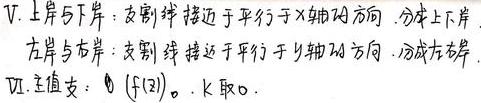
V. 上岸与下岸：支割线接近于平行于\(x\)轴的方向，分成上岸、
左岸与右岸：支割线接近于平行于\(y\)轴的方向，分成左岸、
VI. 主值支：\(\theta(f(z))\)。\(k\)取\(0\)。